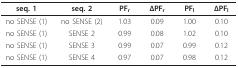
| seq. 1 | seq. 2 | PFr | ΔPFr | PFl | ΔPFl |
 | --- | --- | --- | --- | --- | --- |
 | no SENSE (1) | no SENSE (2) | 1.03 | 0.09 | 1.00 | 0.10 |
 | no SENSE (1) | SENSE 2 | 0.99 | 0.08 | 1.02 | 0.10 |
 | no SENSE (1) | SENSE 3 | 0.99 | 0.07 | 0.99 | 0.12 |
 | no SENSE (1) | SENSE 4 | 0.97 | 0.07 | 0.98 | 0.12 |